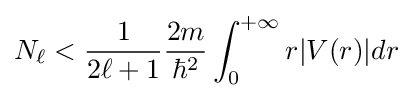
N_{\ell }<{\frac {1}{2\ell +1}}{\frac {2m}{\hbar ^{2}}}\int _{0}^{+\infty }r|V(r)|dr